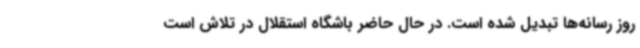
روز رسانه‌ها تبدیل شده است. در حال حاضر باشگاه استقلال در تلاش است